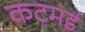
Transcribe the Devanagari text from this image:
कटमई